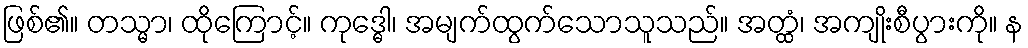
ဖြစ်၏။ တသ္မာ၊ ထိုကြောင့်။ ကုဒ္ဓေါ၊ အမျက်ထွက်သောသူသည်။ အတ္ထံ၊ အကျိုးစီပွားကို။ န